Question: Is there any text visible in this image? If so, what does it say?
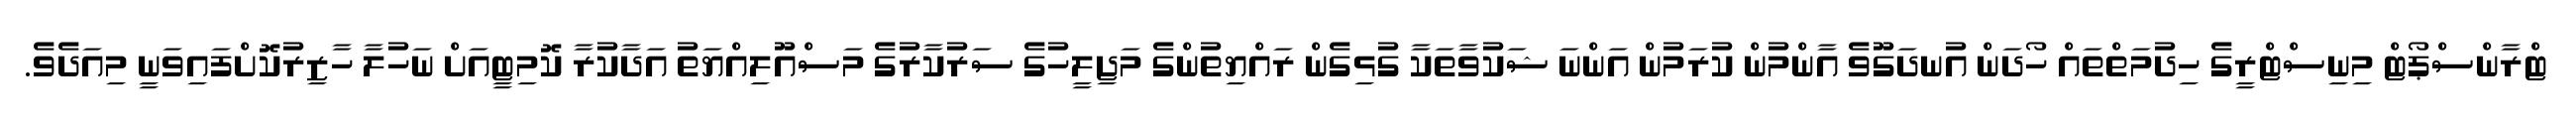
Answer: ޓްރާންސްޕޯޓް މިނިސްޓްރީގެ ހިދުމަތްތައް ހޯދަން އުނދަގޫވެ އާންމުން ކުރަމުން އަންނަ ޝަކުވާތަކާ ގުޅިގެން ރައްޔިތުންގެ މަޖިލީހުގެ ސަރުކާރުގެ މަސްއޫލިއްޔަތު އަދާކުރާ ކޮމިޓީއަށް ނަހުލާ ހާޒިރުކޮށްފައިވަނީ މިއަދެވެ.